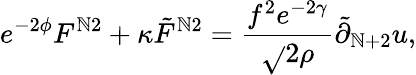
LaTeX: e^{-2\phi}F^{\mathbb{N}2}+\kappa{\tilde{{F}}}^{\mathbb{N}2}=\frac{{f^{2}e^{-2\gamma}}}{{\sqrt{}{{2}}\rho}}{\tilde{{\partial}}}_{\mathbb{N}+2}u,